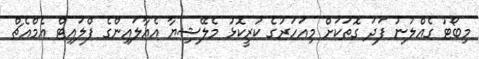
މިބޯޓު ގެއްލުނު ފަދަ ގޮތަކަށް މިއަހަރުގެ ކުރީކޮޅު މެލޭޝިޔާ އެއާލައިންގެ ފްލައިޓް އެމްއެޗް